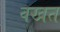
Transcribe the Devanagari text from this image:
वखत